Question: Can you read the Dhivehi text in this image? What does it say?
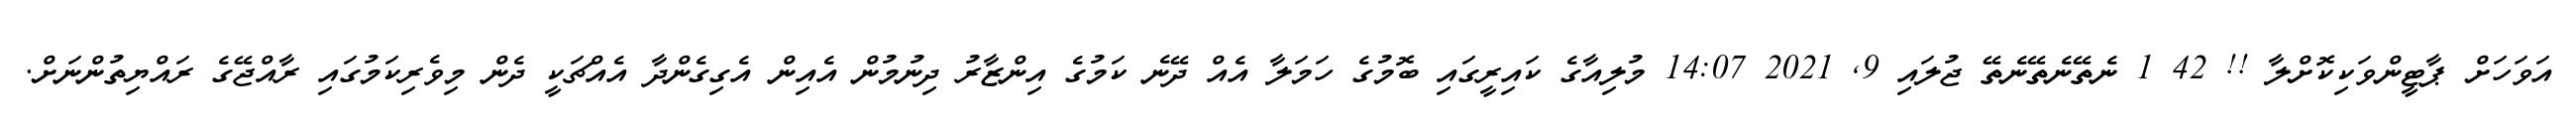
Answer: އަވަހަށް ޕާޓީންވަކިކޮށްލާ !! 42 1 ނެތޭނެތޭނެތޭ ޖުލައި 9, 2021 14:07 މުލިއާގެ ކައިރީގައި ބޮމުގެ ހަމަލާ އެއް ދޭނެ ކަމުގެ އިންޒާރު ދިނުމުން އެއިން އެގިގެންދާ އެއްޗަކީ ދެން މިވެރިކަމުގައި ރާއްޖޭގެ ރައްޔިތުންނަށް.